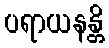
ပရာယနန္တိ